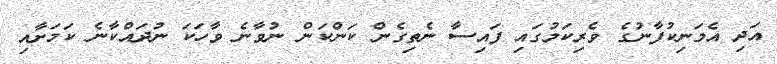
އަދި އެމަނިކުފާނުގެ ވެރިކަމުގައި ފައިސާ ނެތިގެން ކަންކަން ނުވާނެ ވާހަކަ ނުދައްކާނެ ކަމަށާއި